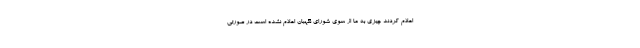
اعلام کردند چیزی به ما از سوی شورای نگهبان اعلام نشده است در صورتی